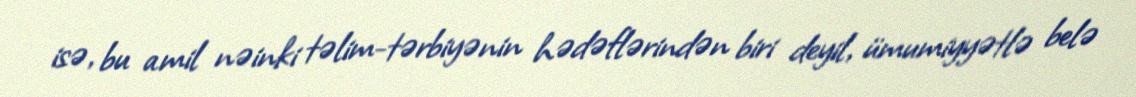
isə, bu amil nəinki təlim-tərbiyənin hədəflərindən biri deyil, ümumiyyətlə belə